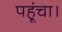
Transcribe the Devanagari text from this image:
पहूंचा।